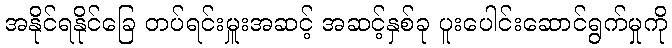
အနိုင်ရနိုင်ခြေ တပ်ရင်းမှူးအဆင့် အဆင့်နှစ်ခု ပူးပေါင်းဆောင်ရွက်မှုကို